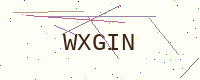
Text: WXGIN